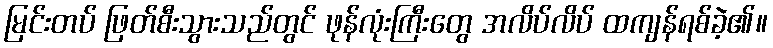
မြင်းတပ် ဖြတ်စီးသွားသည်တွင် ဖုန်လုံးကြီးတွေ အလိပ်လိပ် ထကျန်ရစ်ခဲ့၏။